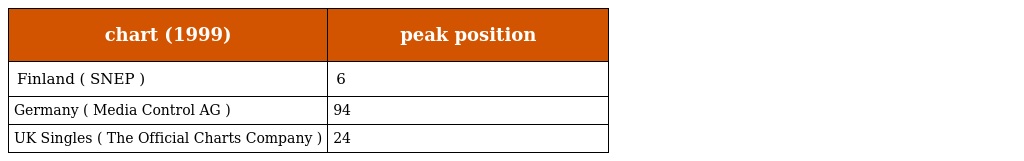
| chart (1999) | peak position |
 | --- | --- |
 | Finland ( SNEP ) | 6 |
 | Germany ( Media Control AG ) | 94 |
 | UK Singles ( The Official Charts Company ) | 24 |